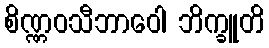
စိဏ္ဏဝသီဘာဝေါ ဘိက္ခူတိ